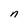
Character: n